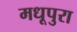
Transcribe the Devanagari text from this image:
मधूपुरा